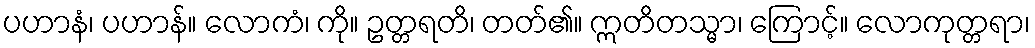
ပဟာနံ၊ ပဟာန်။ လောကံ၊ ကို။ ဥတ္တရတိ၊ တတ်၏။ ဣတိတသ္မာ၊ ကြောင့်။ လောကုတ္တရာ၊